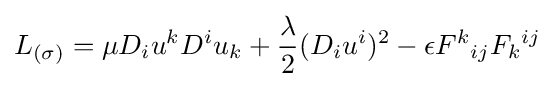
L_{(\sigma )}=\mu D_{i}u^{k}D^{i}u_{k}+{\frac {\lambda }{2}}(D_{i}u^{i})^{2}-\epsilon F^{k}{}_{ij}F_{k}{}^{ij}